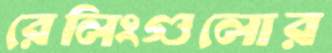
রেলিংগুলোর